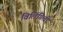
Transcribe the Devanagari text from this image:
विलिंगिली